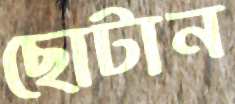
ছোটান